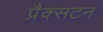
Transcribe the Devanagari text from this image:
प्रैक्सटन